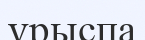
ұрыспа